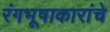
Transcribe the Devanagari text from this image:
रंगभूषाकारांचे